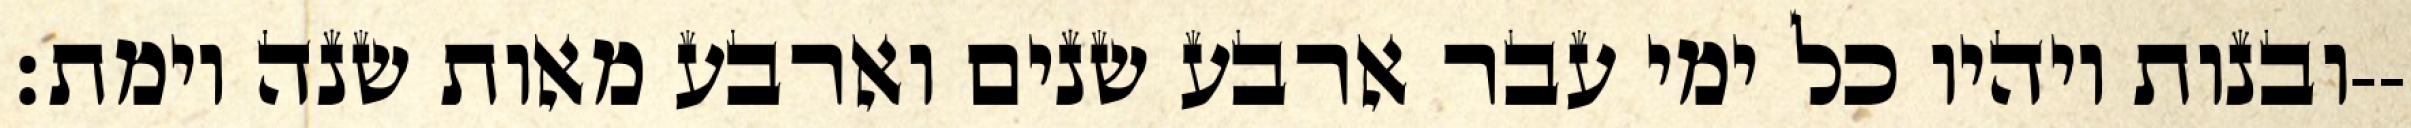
ובנות ויהיו כל ימי עבר ארבע שנים וארבע מאות שנה וימת׃--